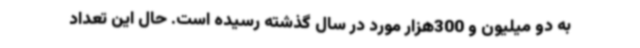
به دو میلیون و 300هزار مورد در سال گذشته رسیده است. حال این تعداد